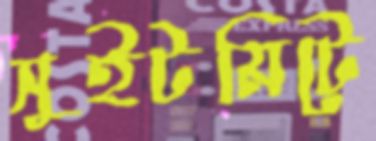
সুইটমিটে